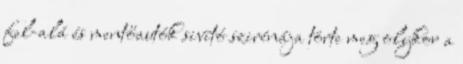
fel-alá és mentőautók sivító szirénája törte meg olykor a